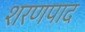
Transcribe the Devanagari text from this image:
शरणपाद